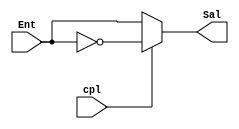
// PRACTICA 1 ESTRUCTURAS DE COMPUTADORES.
// OBJETIVO 3: IMplementacin complementador a 1 (si/no).

module compl1(output wire [3:0] Sal, input wire [3:0] Ent, input wire cpl);

	assign Sal = cpl ? ~Ent : Ent;

endmodule